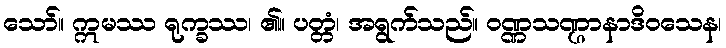
သော်။ ဣမဿ ရုက္ခဿ၊ ၏။ ပတ္တံ၊ အရွက်သည်။ ဝဏ္ဏသဏ္ဌာနာဒိဝသေန၊